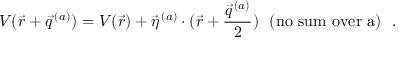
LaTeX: V ( \vec { r } + \vec { q } ^ { \, ( a ) } ) = V ( \vec { r } ) + \vec { \eta } ^ { \, ( a ) } \cdot ( \vec { r } + \frac { \vec { q } ^ { \, ( a ) } } { 2 } ) ~ ~ ( \mathrm { n o ~ s u m ~ o v e r ~ \mit a ) ~ ~ . }